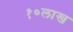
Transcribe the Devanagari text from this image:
१०लाख